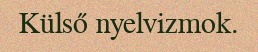
Külső nyelvizmok.